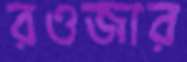
রওজার